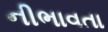
નીભાવતા